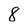
Character: 8